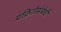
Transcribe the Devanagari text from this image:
प्रक्रितेसंबंधी